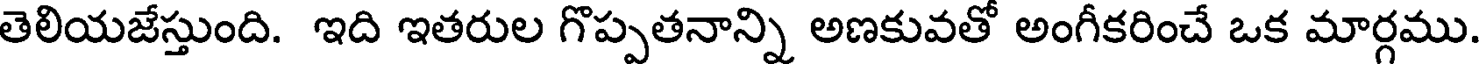
తెలియజేస్తుంది. ఇది ఇతరుల గొప్పతనాన్ని అణకువతో అంగీకరించే ఒక మార్గము.